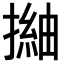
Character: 𢳏